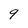
Character: 9